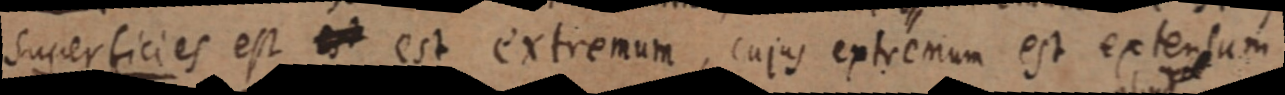
Superficies est est est extremum, cujus extremum est extensum